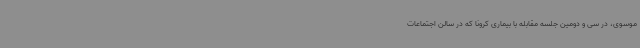
موسوی، در سی و دومین جلسه مقابله با بیماری کرونا که در سالن اجتماعات